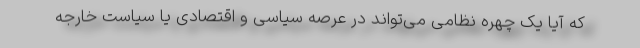
که آیا یک چهره نظامی می‌تواند در عرصه سیاسی و اقتصادی یا سیاست خارجه